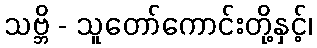
သဗ္ဘိ - သူတော်ကောင်းတို့နှင့်၊